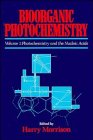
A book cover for Bioorganic Photochemistry, Photochemistry and the Nucleic Acids (Volume 1); Science & Math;